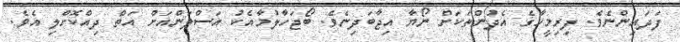
ފަދައިންނެވެ. ފިރިމީހާގެ އެދުންތަކަށް ނޯޔާ އިޖާބަދިނެވެ. ބޯޖަހާލުމާއެކު އަސްލަންއަށް އަތް ދިއްކޮށްލި އެވެ.